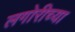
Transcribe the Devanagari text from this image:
लगोरीच्या